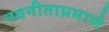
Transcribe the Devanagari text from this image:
नवनीताप्रमाणे